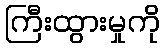
ကြီးထွားမှုကို